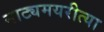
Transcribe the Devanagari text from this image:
नाट्यमयरीत्या